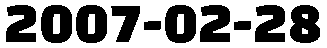
2007-02-28